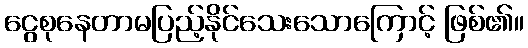
ငွေစုနေတာမပြည့်နိုင်သေးသောကြောင့် ဖြစ်၏။